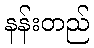
နန်းတည်